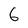
Character: 6